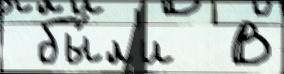
 бы́л'и  В